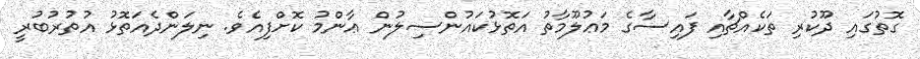
ގޮތުގަައި ދޫކުރި ތަކެއްޗާއި ފައިސާގެ މަޢުލޫމާތު އަތޮޅުކައުންސިލުން ޢާންމު ކޮށްފިއެވެ. ނިލަންދެއަތޮޅު އުތުރުބުރީ